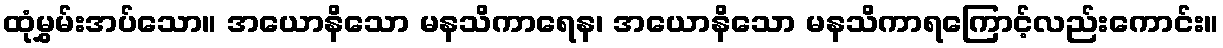
ထုံမွှမ်းအပ်သော။ အယောနိသော မနသိကာရေန၊ အယောနိသော မနသိကာရကြောင့်လည်းကောင်း။